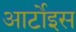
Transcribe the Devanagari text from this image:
आर्टोइस